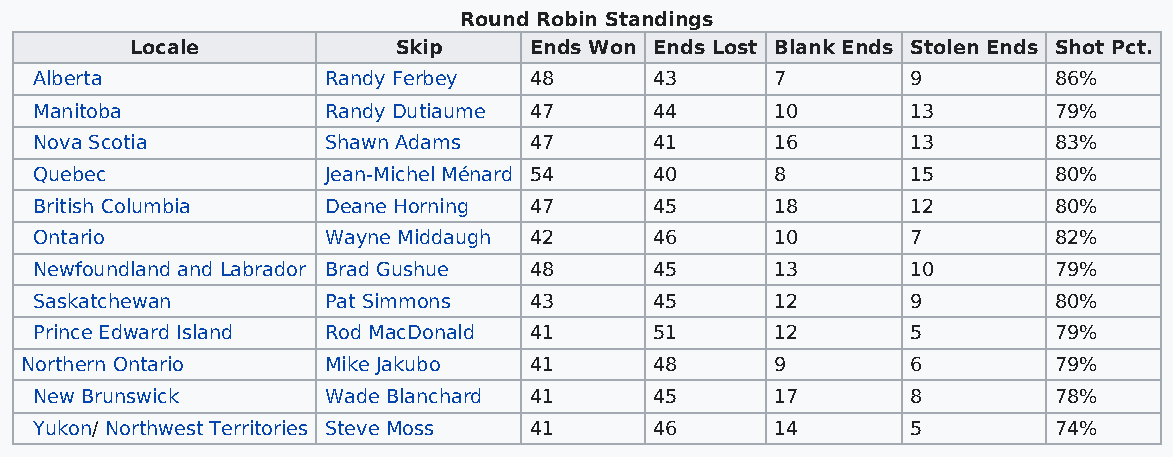
Round Robin Standings
 Locale           Skip     Ends Won Ends Lost Blank Ends Stolen Ends Shot Pct.
 Alberta             Randy Ferbey 48      43      7        9         86%
 Manitoba            Randy Dutiaume 47    44      10       13        79%
 Nova Scotia         Shawn Adams  47      41      16       13        83%
 Quebec              Jean-Michel Ménard 54 40     8        15        80%
 British Columbia    Deane Horning 47     45      18       12        80%
 Ontario             Wayne Middaugh 42    46      10       7         82%
 Newfoundland and Labrador Brad Gushue 48 45      13       10        79%
 Saskatchewan        Pat Simmons  43      45      12       9         80%
 Prince Edward Island Rod MacDonald 41    51      12       5         79%
 Northern Ontario     Mike Jakubo  41      48      9        6         79%
 New Brunswick       Wade Blanchard 41    45      17       8         78%
 Yukon/ Northwest Territories Steve Moss 41 46    14       5         74%